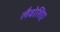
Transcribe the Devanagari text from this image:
लैवोशिए